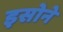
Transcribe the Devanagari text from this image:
इसोने